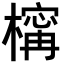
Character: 𣜏